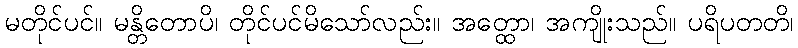
မတိုင်ပင်။ မန္တိတောပိ၊ တိုင်ပင်မိသော်လည်း။ အတ္ထော၊ အကျိုးသည်။ ပရိပတတိ၊